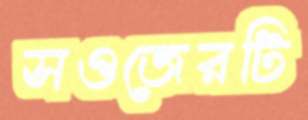
সওজেরটি